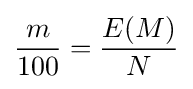
{\frac {m}{100}}={\frac {E(M)}{N}}